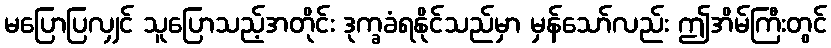
မပြောပြလျှင် သူပြောသည့်အတိုင်း ဒုက္ခခံရနိုင်သည်မှာ မှန်သော်လည်း ဤအိမ်ကြီးတွင်